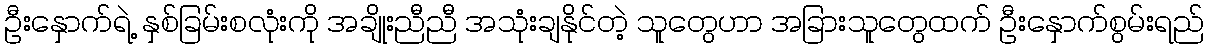
ဦးနှောက်ရဲ့ နှစ်ခြမ်းစလုံးကို အချိုးညီညီ အသုံးချနိုင်တဲ့ သူတွေဟာ အခြားသူတွေထက် ဦးနှောက်စွမ်းရည်